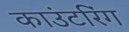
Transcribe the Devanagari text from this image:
काउंटरिंग